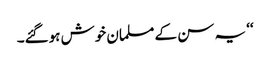
‘‘ یہ سن کے مسلمان خوش ہوگئے۔